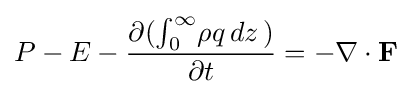
P-E-{\frac {\partial (\int _{0}^{\infty }\!\rho q\,dz\,)}{\partial t}}=-\nabla \cdot \mathbf {F} \!